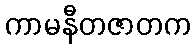
ကာမနီတဇာတက